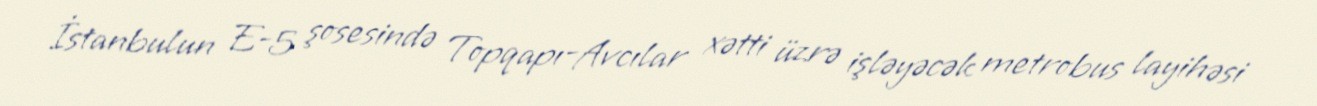
İstanbulun E-5 şosesində Topqapı-Avcılar xətti üzrə işləyəcək metrobus layihəsi